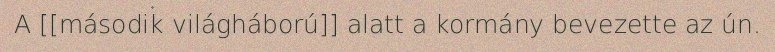
A [[második világháború]] alatt a kormány bevezette az ún.